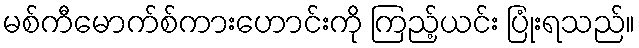
မစ်ကီမောက်စ်ကားဟောင်းကို ကြည့်ယင်း ပြုံးရသည်။